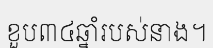
ខួប៣៤ឆ្នាំរបស់នាង។